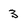
Character: 3